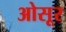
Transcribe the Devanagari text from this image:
ओसूर